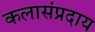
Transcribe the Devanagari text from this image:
कलासंप्रदाय